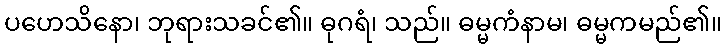
ပဟေသိနော၊ ဘုရားသခင်၏။ ဓုဂရံ၊ သည်။ ဓမ္မကံနာမ၊ ဓမ္မကမည်၏။